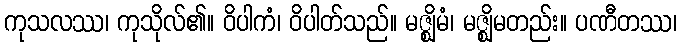
ကုသလဿ၊ ကုသိုလ်၏။ ဝိပါကံ၊ ဝိပါတ်သည်။ မဇ္ဈိမံ၊ မဇ္ဈိမတည်း။ ပဏီတဿ၊